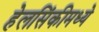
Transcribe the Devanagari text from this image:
हेलसिंकीमध्ये